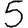
Digit: 5